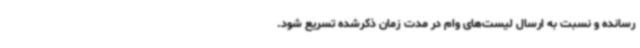
رسانده و نسبت به ارسال لیست‌های وام در مدت زمان ذکرشده تسریع شود.